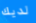
لديك